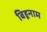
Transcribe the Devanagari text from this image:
बिहूनाम